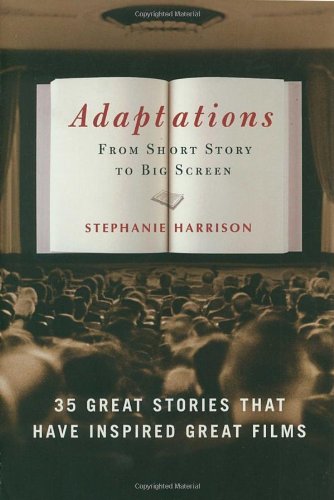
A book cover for Adaptations: From Short Story to Big Screen: 35 Great Stories That Have Inspired Great Films; Stephanie Harrison; Humor & Entertainment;